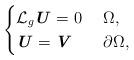
LaTeX: \begin{align*} \begin{cases} \mathcal{L}_g \textbf{\textit{U}} = 0 & \ \Omega, \\ \textbf{\textit{U}} = \textbf{\textit{V}} & \ \partial \Omega, \end{cases}\end{align*}